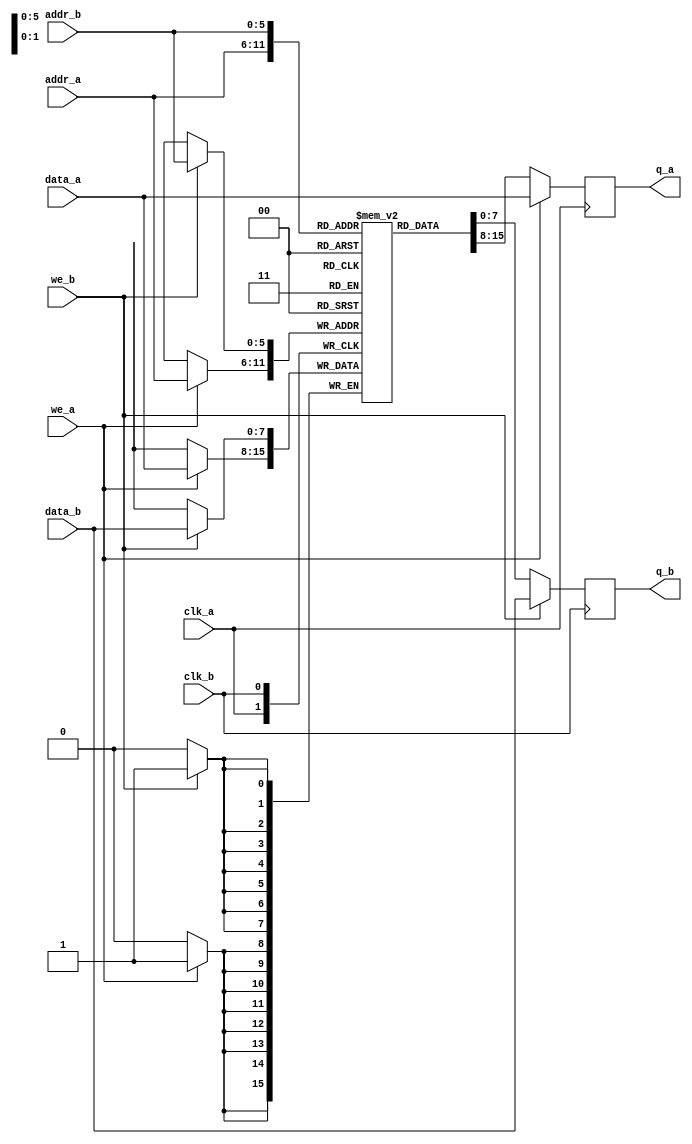
module true_dual_port_ram_dual_clock
#(parameter DATA_WIDTH=8, parameter ADDR_WIDTH=6)
(
  input [(DATA_WIDTH-1):0] data_a, data_b,
  input [(ADDR_WIDTH-1):0] addr_a, addr_b,
  input we_a, we_b, clk_a, clk_b,
  output reg [(DATA_WIDTH-1):0] q_a, q_b
);

  // Declare the RAM variable
  reg [DATA_WIDTH-1:0] ram[2**ADDR_WIDTH-1:0];

  always @ (posedge clk_a)
  begin
    // Port A 
    if (we_a) 
    begin
      ram[addr_a] <= data_a;
      q_a <= data_a;
    end
    else 
    begin
      q_a <= ram[addr_a];
    end 
  end

  always @ (posedge clk_b)
  begin
    // Port B 
    if (we_b) 
    begin
      ram[addr_b] <= data_b;
      q_b <= data_b;
    end
    else 
    begin
      q_b <= ram[addr_b];
    end 
  end

endmodule